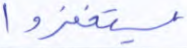
يستغفروا